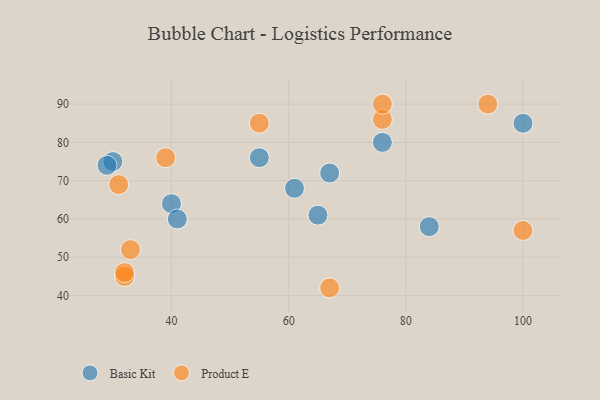
{"axis": {"x": "GDP", "y": "Life Expectancy"}, "legend": ["Basic Kit", "Product E"], "data": [{"x": "40", "y": 64, "type": "Basic Kit"}, {"x": "30", "y": 75, "type": "Basic Kit"}, {"x": "84", "y": 58, "type": "Basic Kit"}, {"x": "100", "y": 85, "type": "Basic Kit"}, {"x": "61", "y": 68, "type": "Basic Kit"}, {"x": "67", "y": 72, "type": "Basic Kit"}, {"x": "65", "y": 61, "type": "Basic Kit"}, {"x": "29", "y": 74, "type": "Basic Kit"}, {"x": "41", "y": 60, "type": "Basic Kit"}, {"x": "76", "y": 80, "type": "Basic Kit"}, {"x": "55", "y": 76, "type": "Basic Kit"}, {"x": "76", "y": 86, "type": "Product E"}, {"x": "32", "y": 45, "type": "Product E"}, {"x": "55", "y": 85, "type": "Product E"}, {"x": "39", "y": 76, "type": "Product E"}, {"x": "33", "y": 52, "type": "Product E"}, {"x": "100", "y": 57, "type": "Product E"}, {"x": "76", "y": 90, "type": "Product E"}, {"x": "32", "y": 46, "type": "Product E"}, {"x": "94", "y": 90, "type": "Product E"}, {"x": "31", "y": 69, "type": "Product E"}, {"x": "67", "y": 42, "type": "Product E"}]}